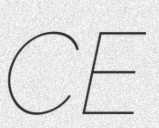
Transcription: CE